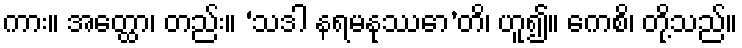
ကား။ အတ္ထော၊ တည်း။ ‘သဒါ နရမနုဿော’တိ၊ ဟူ၍။ ကေစိ၊ တို့သည်။